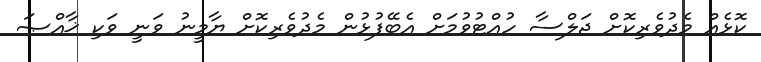
ކޮޅެއް މެދުވެރިކޮށް ޖަލްސާ ހުއްޓުވުމަށް އެބޭފުޅުން މެދުވެރިކޮށް ޔާމީނު ވަނީ ވަކި ޚާއްޞަ